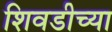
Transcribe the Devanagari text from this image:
शिवडीच्या